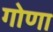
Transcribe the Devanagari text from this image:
गोणा